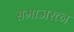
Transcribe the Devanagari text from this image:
समाजरत्न